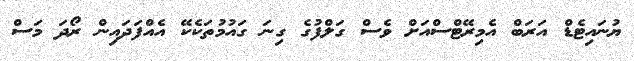
ޔުނައިޓެޑް އަރަބް އެމިރޭޓްސްއަށް ވެސް ގަލްފުގެ ގިނަ ގައުމުތަކެކޭ އެއްފަދައިން ރޯދަ މަސް